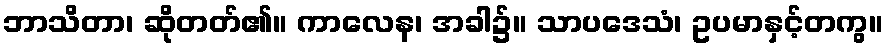
ဘာသိတာ၊ ဆိုတတ်၏။ ကာလေန၊ အခါ၌။ သာပဒေသံ၊ ဥပမာနှင့်တကွ။